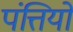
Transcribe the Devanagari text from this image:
पंत्तियों